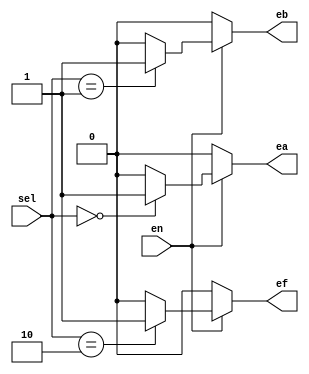
module decoder
(
    input en,
    input [1:0]sel,
    output reg ea, eb, ef
);
always @(*) begin
    if(en) begin
        case (sel)
            2'b00: begin
                ea = 1'b1;
                eb = 1'b0;
                ef = 1'b0;
            end
            2'b01: begin
                ea = 1'b0;
                eb = 1'b1;
                ef = 1'b0;
            end
            2'b10: begin
                ea = 1'b0;
                eb = 1'b0;
                ef = 1'b1;
            end
            default: begin
                ea = 1'b0;
                eb = 1'b0;
                ef = 1'b0;
            end
        endcase
    end
    else begin
        ea = 1'b0;
        eb = 1'b0;
        ef = 1'b0;
    end
end
endmodule

module alu_6 # (
    parameter ADD_6 = 3'b000,
    parameter SUB_6 = 3'b001,
    parameter AND_6 = 3'b010,
    parameter OR_6 = 3'b011,
    parameter XOR_6 = 3'b100
)
(
    input clk,
    input en,
    input [1:0] sel,
    input [5:0] x,
    output reg [5:0] y,
    output reg z
);

reg [2:0] fr;
reg [5:0] ar;
reg [5:0] br;
wire ea;
wire eb;
wire ef;
reg [5:0] yout;
reg zout;

decoder decoder(en, sel, ea, eb, ef);

always @(posedge clk) begin
    if(ea) ar <= x;
    else if(eb) br <= x;
    else if(ef) fr <= x[2:0];
    else begin
        ar <= ar;
        br <= br;
        fr <= fr;
    end
end

always @(*) begin
    case (fr)
        ADD_6: y = ar + br;
        SUB_6: y = ar - br;
        AND_6: y = ar & br;
        OR_6:  y = ar | br;
        XOR_6: y = ar ^ br;
        default: y = 6'b0;
    endcase
end

always @(*) begin
    if(y == 6'b0)
        z = 1'b1;
    else 
        z = 1'b0;
end

always @(posedge clk) begin
    yout <= y;
    zout <= z;
end
endmodule